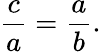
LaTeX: {\frac{c}{a}}={\frac{a}{b}}.